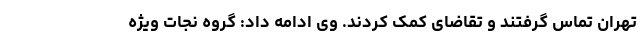
تهران تماس گرفتند و تقاضای کمک کردند. وی ادامه داد: گروه نجات ویژه